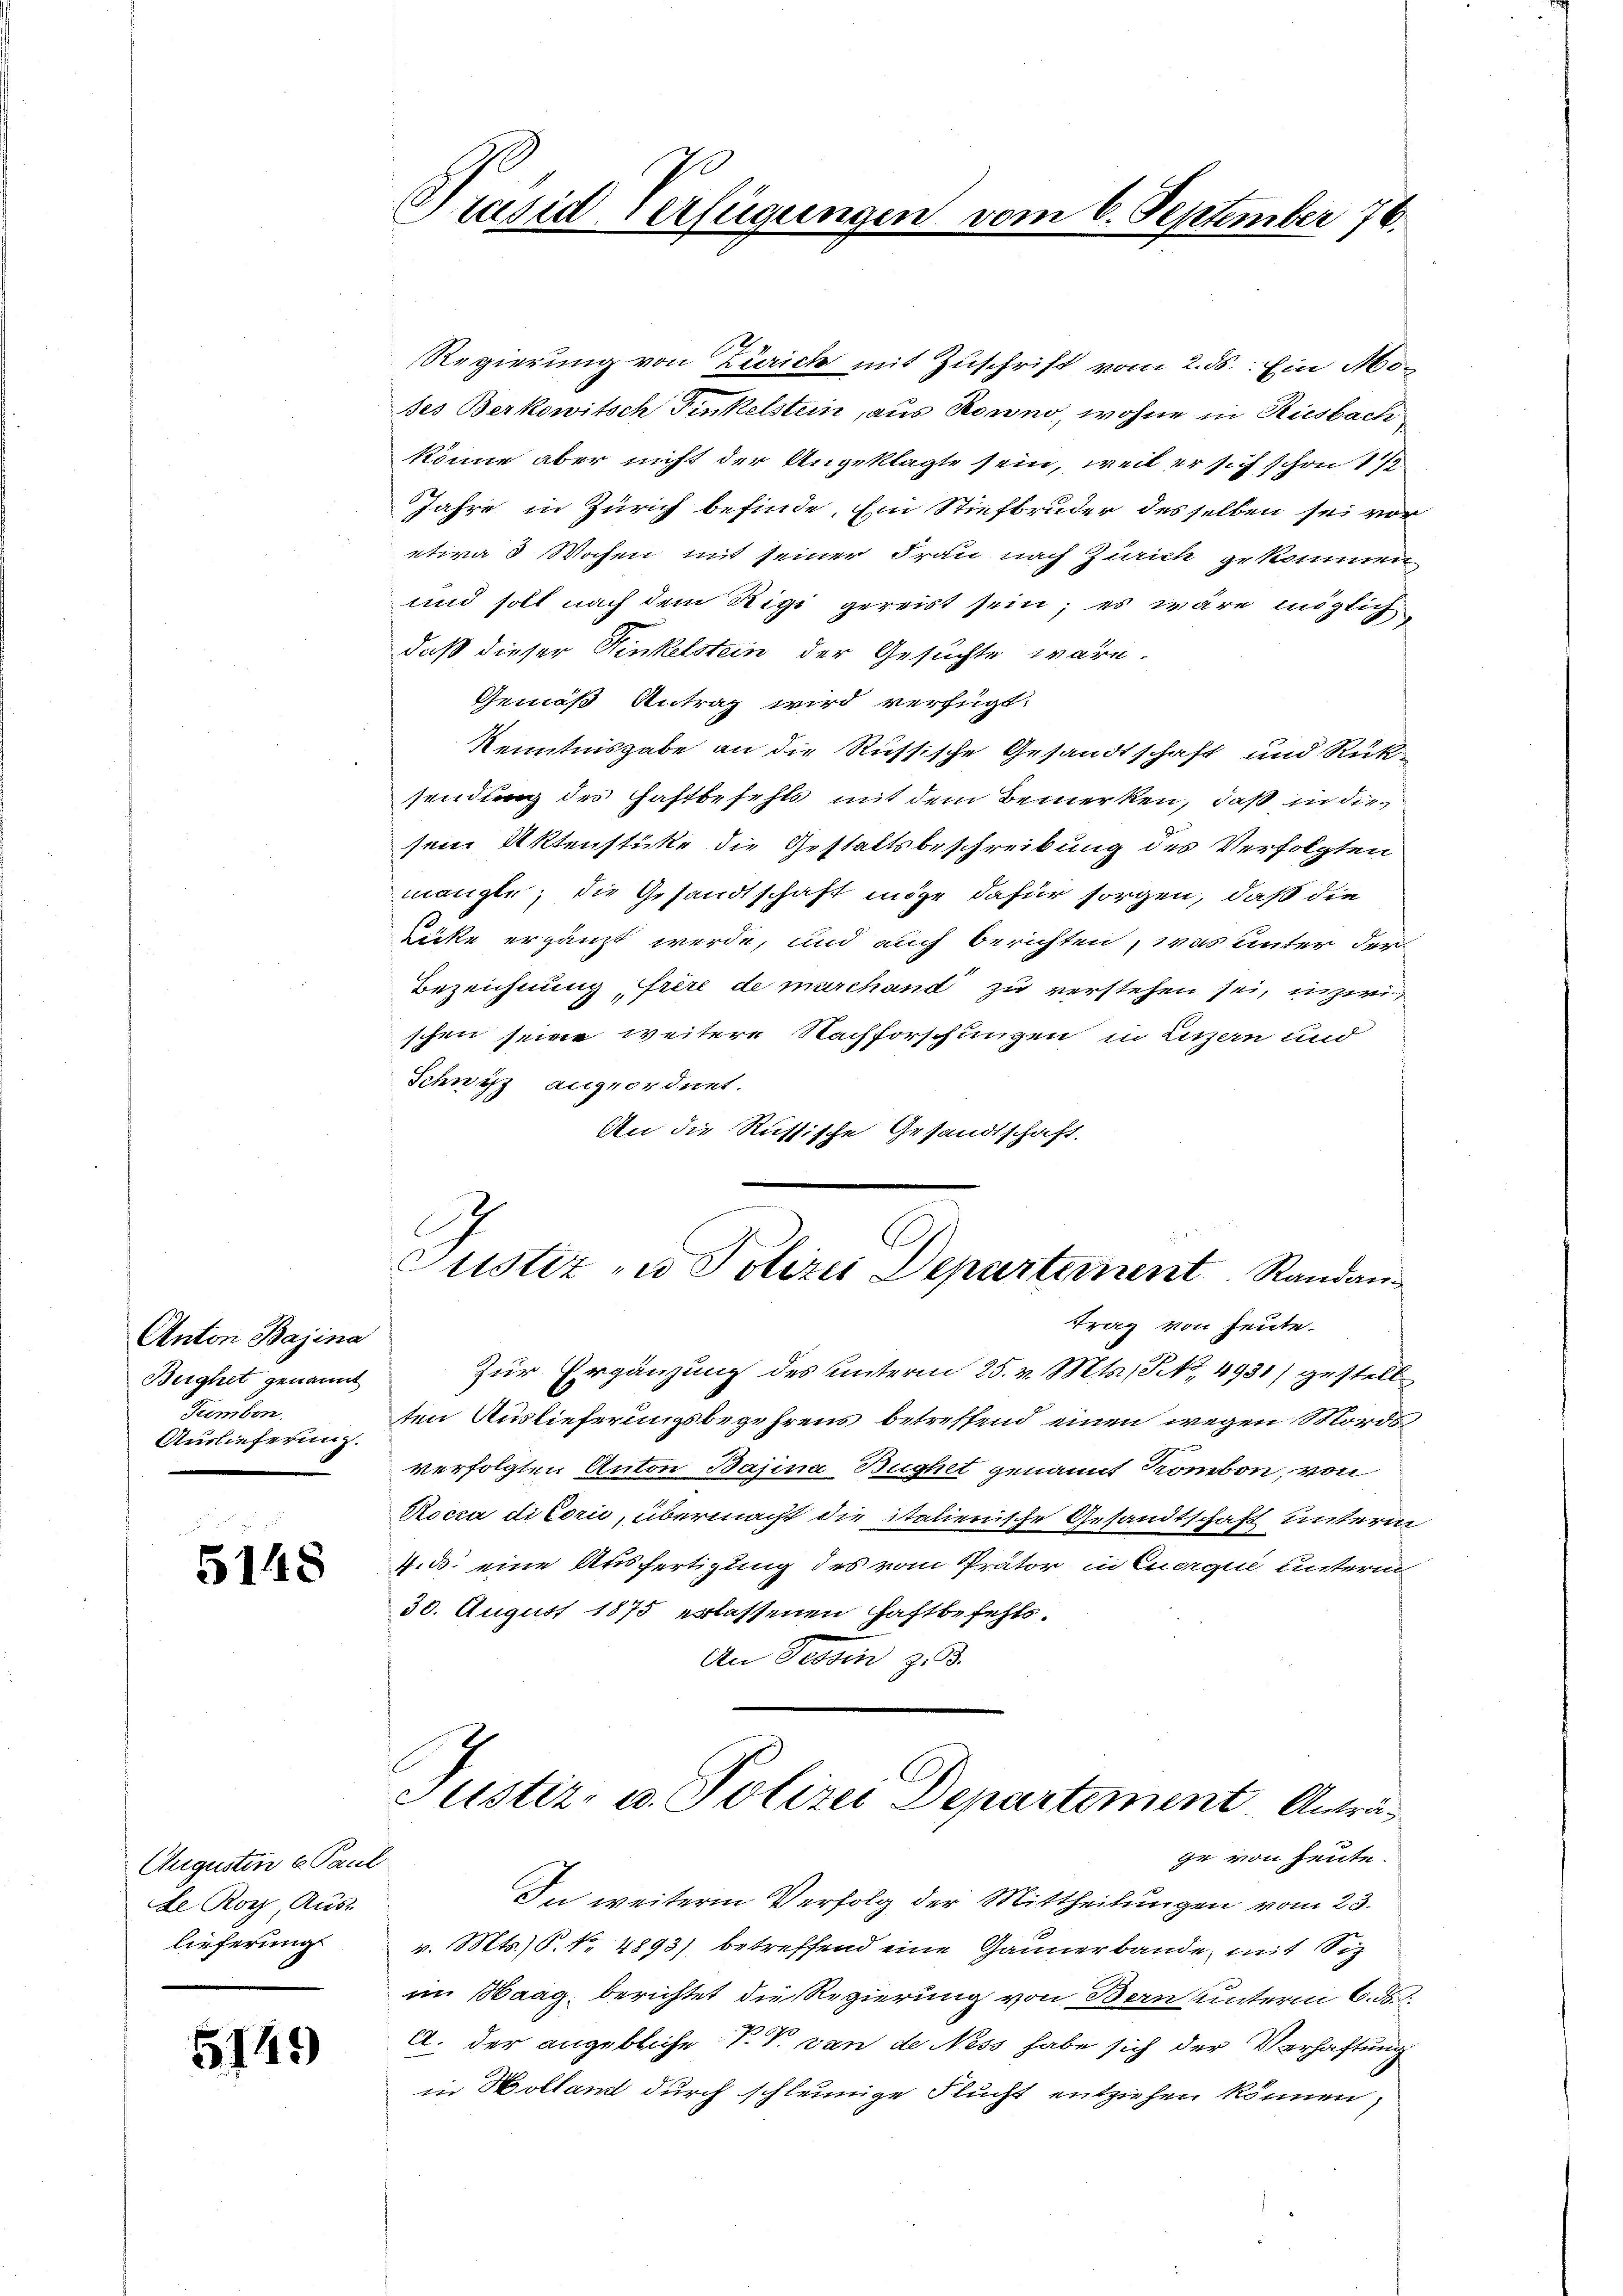
Anton Bajina
Biighet genannt
Fromben.
Auslieferung.

5148

Augusten u Paul
Le Roy, Aus-
lieferung

5149

Präsid Verfügungen vom 6. September 76.

Regierung von Zürich mit Zuschrift vom 2. ds. Ein Modes Berkowitsch Finkelstein, aus Ronno, wohne in Riesbach
könne aber nicht der Angeklagte sein, weil er sich schon 1/2
Jahre in Zürich befinde. Ein Stiefbruder desselben sei vor
etwa 3 Wochen mit seiner Frau nach Zürich gekommen
und soll nach dem Rigi gereist sein; es wäre möglich
daß dieser Hinkelstein der Gesuchte wäre.
Gemäß Antrag wird verfügt:
Kenntnisgabe an die Russische Gesandtschaft und Rücksendung des Haftbefehls mit dem Bemerken, daß in die
sem Aktenstüke die Gestaltsbeschreibung des Verfolgten
mängte, die Gesandtschaft möge dafür sorgen, daß die
Lücke ergänzt werde, und auch berichten, was unter der
Bezeichnung, frère de marchand zu verstehen sei, inzwischen seine weitere Nachforschungen in Litzern und
Schnitz angeordnet.
An die Russische Gesandtschaft.
Justiz zu Polizei Departernent Randantrag von heute.
Zur Ergänzung des unterm 25. v. Mts., S. 4931) gestellten Auslieferungsbegehrens betreffend einen wegen Mords
verfolgten Anton Bajina Bughet genannt Kronbon, von
Rocca ditorii, übermacht die italienische Gesandtschaft unterm
4.ds. eine Ausfertigung des vom Prator in Euerque unterm
30. August 1875 erlassenen Haftbefehls¬
An Fessen z. 3.

Justiz- u. Polizei Departement Anträ¬

ge von heute.
In weiterm Verfolg der Mittheilungen vom 23.
v. Mts. S. Nr. 4893) betreffend eine Gaunerbande, mit Siz
im Maag, berichtet die Regierung von Bern unterm 6. ds.
A. der angebliche P. V. von de Ness habe sich der Verhaftung
in Hollamt durch schleunige Flucht entziehen können,